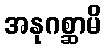
အနုဂစ္ဆာမိ